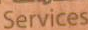
Services